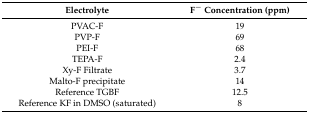
<table><thead><tr><td><b>Electrolyte</b></td><td><b>F<sup>−</sup> Concentration (ppm)</b></td></tr></thead><tbody><tr><td>PVAC-F</td><td>19</td></tr><tr><td>PVP-F</td><td>69</td></tr><tr><td>PEI-F</td><td>68</td></tr><tr><td>TEPA-F</td><td>2.4</td></tr><tr><td>Xy-F Filtrate</td><td>3.7</td></tr><tr><td>Malto-F precipitate</td><td>14</td></tr><tr><td>Reference TGBF</td><td>12.5</td></tr><tr><td>Reference KF in DMSO (saturated)</td><td>8</td></tr></tbody></table>